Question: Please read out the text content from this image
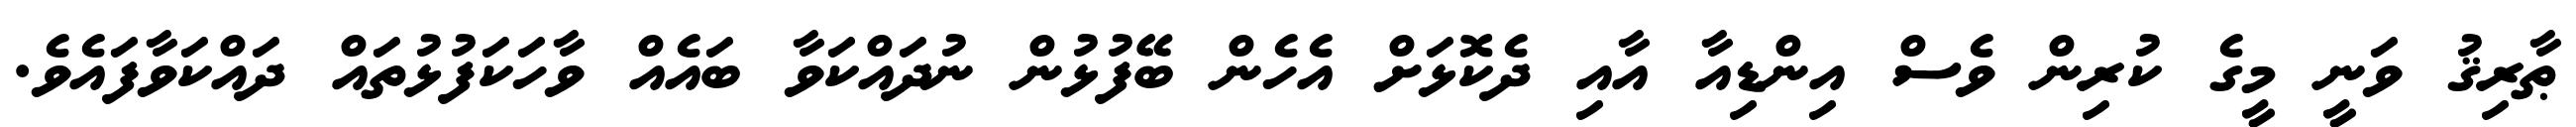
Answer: ޠާރިޤު ވަނީ މީގެ ކުރިން ވެސް އިންޑިއާ އާއި ދެކޮޅަށް އެހެން ބޭފުޅުން ނުދައްކަވާ ބައެއް ވާހަކަފުޅުތައް ދައްކަވާފައެވެ.